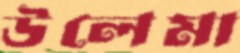
উলেমা